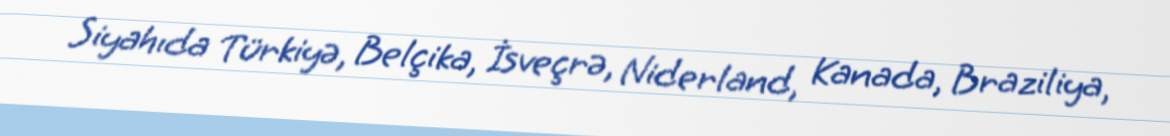
Siyahıda Türkiyə, Belçika, İsveçrə, Niderland, Kanada, Braziliya,